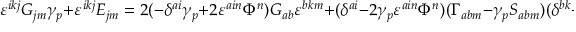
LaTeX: \varepsilon ^ { i k j } G _ { j m } \gamma _ { p } + \varepsilon ^ { i k j } E _ { j m } = 2 ( - \delta ^ { a i } \gamma _ { p } + 2 \varepsilon ^ { a i n } \Phi ^ { n } ) G _ { a b } \varepsilon ^ { b k m } + ( \delta ^ { a i } - 2 \gamma _ { p } \varepsilon ^ { a i n } \Phi ^ { n } ) ( \Gamma _ { a b m } - \gamma _ { p } S _ { a b m } ) ( \delta ^ { b k } - 2 \gamma _ { p } \varepsilon ^ { b k s } \Phi ^ { s } ) ,